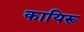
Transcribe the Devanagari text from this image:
कायिरू